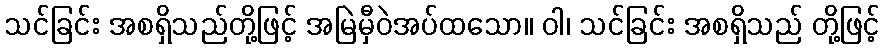
သင်ခြင်း အစရှိသည်တို့ဖြင့် အမြဲမှီဝဲအပ်ထသော။ ဝါ၊ သင်ခြင်း အစရှိသည် တို့ဖြင့်